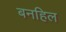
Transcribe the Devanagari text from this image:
बनहिल